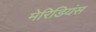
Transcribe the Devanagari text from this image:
मेरिडियंस